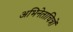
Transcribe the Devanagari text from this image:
अभिनेताचित्रों